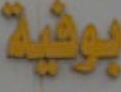
بوفية